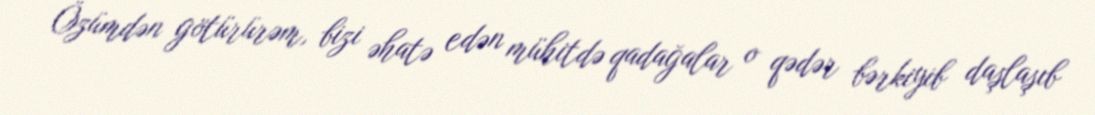
Özümdən götürürəm, bizi əhatə edən mühitdə qadağalar o qədər bərkiyib daşlaşıb